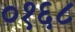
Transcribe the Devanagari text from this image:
०१६८